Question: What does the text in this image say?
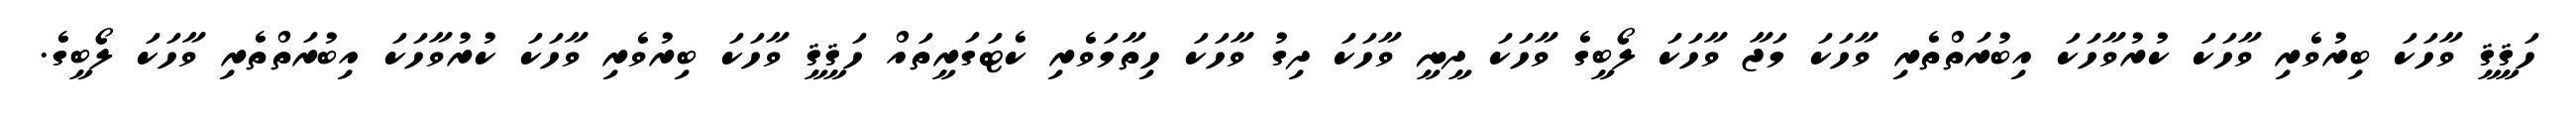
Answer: ހަޤީޤީ ވާހަކަ ބިރުވެރި ވާހަކަ ކުރުވާހަކަ އިބުރަތްތެރި ވާހަކަ މަޖާ ވާހަކަ ލޯބީގެ ވާހަކަ ދީނީ ވާހަކަ ދިގު ވާހަކަ ހިތާމަވެރި ކެޓަގަރީތައް ހަޤީޤީ ވާހަކަ ބިރުވެރި ވާހަކަ ކުރުވާހަކަ އިބުރަތްތެރި ވާހަކަ ލޯބީގެ.